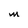
Character: M